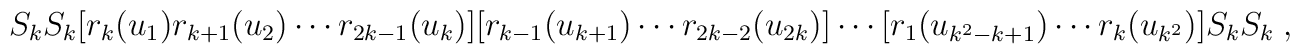
S_{k}S_{k}[r_{k}(u_{1})r_{k+1}(u_{2})\cdots r_{2k-1}(u_{k})]  [r_{k-1}(u_{k+1})\cdots r_{2k-2}(u_{2k})]\cdots[r_{1}(u_{k^{2}-k+1})\cdots    r_{k}(u_{k^{2}})]S_{k}S_{k}\;,